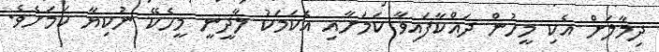
ދިމާލަށް އެކި މީހުން ދައްކާފައިވާ ކަމަށާއި އެކަމަކު ލާދީނީ މީހެކޭ ނުކިޔާ ކަމަށެވެ.